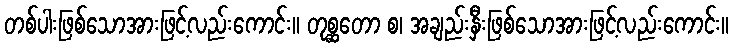
တစ်ပါးဖြစ်သောအားဖြင့်လည်းကောင်း။ တုစ္ဆတော စ၊ အချည်းနှီးဖြစ်သောအားဖြင့်လည်းကောင်း။